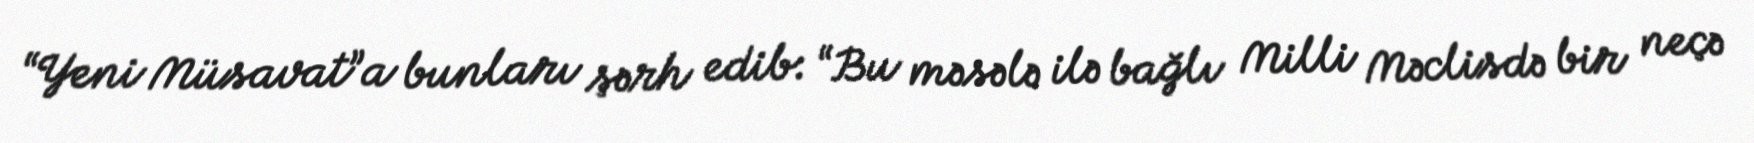
“Yeni Müsavat”a bunları şərh edib: “Bu məsələ ilə bağlı Milli Məclisdə bir neçə